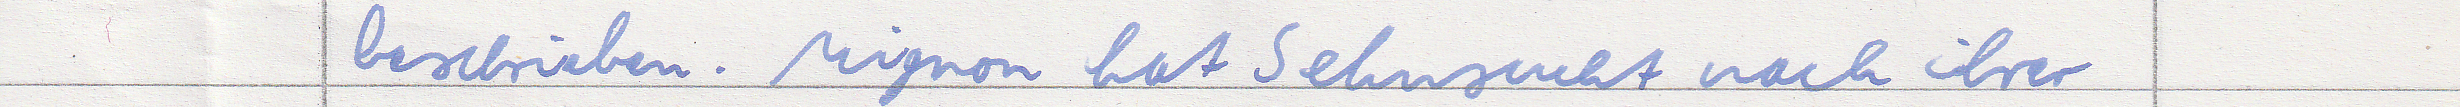
beschrieben. Mignon hat Sehnsucht nach ihrer